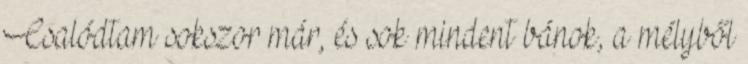
Csalódtam sokszor már, és sok mindent bánok, a mélyből